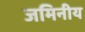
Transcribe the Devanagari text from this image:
जमिनीय